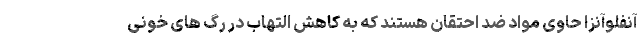
آنفلوآنزا حاوی مواد ضد احتقان هستند که به کاهش التهاب در رگ های خونی